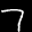
Label: 7